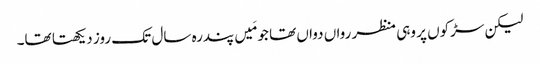
لیکن سڑکوں پر وہی منظر رواں دواں تھا جو مَیں پندرہ سال تک روز دیکھتا تھا۔